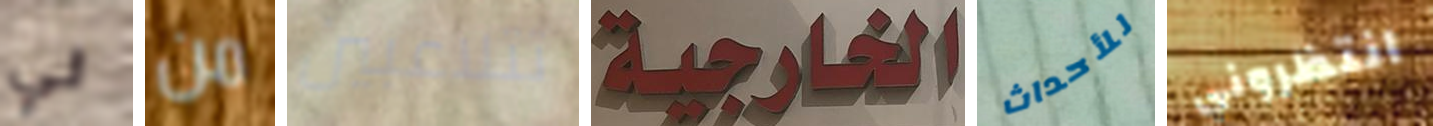
لي من تتلاعبين الخارجية للأحداث انتظروني